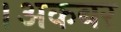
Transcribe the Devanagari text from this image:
।अकबर